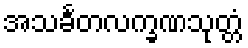
အသင်္ခတလက္ခဏသုတ္တံ